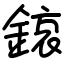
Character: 鎄